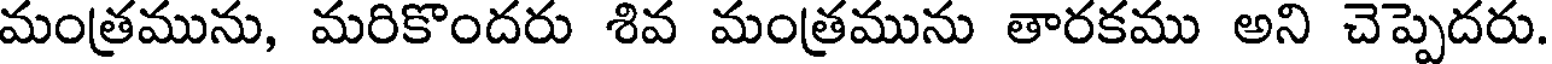
మంత్రమును, మరికొందరు శివ మంత్రమును తారకము అని చెప్పెదరు.